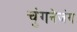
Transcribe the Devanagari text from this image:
चुंगनेजंग